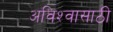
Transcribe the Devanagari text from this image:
अविश्‍वासाठी